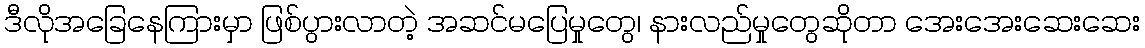
ဒီလိုအခြေနေကြားမှာ ဖြစ်ပွားလာတဲ့ အဆင်မပြေမှုတွေ၊ နားလည်မှုတွေဆိုတာ အေးအေးဆေးဆေး